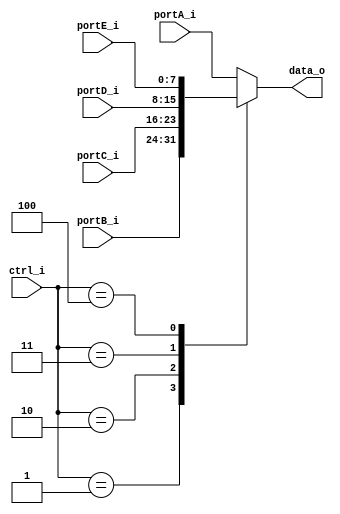
module multiplexor_top(
    input [7:0] portA_i,
    input [7:0] portB_i,
    input [7:0] portC_i,
    input [7:0] portD_i,
    input [7:0] portE_i,
    input [2:0] ctrl_i,
    output reg  [7:0] data_o   
);

always @ * begin
    case (ctrl_i)
        3'b000: 
            data_o = portA_i;
        3'b001: 
            data_o = portB_i;
        3'b010: 
            data_o = portC_i;
        3'b011: 
            data_o = portD_i;
        3'b100: 
            data_o = portE_i;
        default: 
            data_o = portA_i;
    endcase
end

endmodule